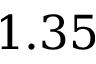
1 . 3 5